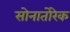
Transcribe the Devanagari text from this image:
सोनातोरेक